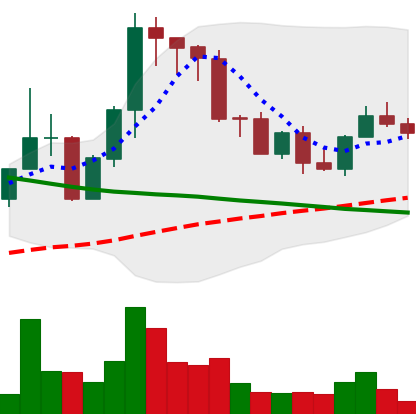
Ticker: EOS-USD
Chart end date: 2022-09-04
Forward return: 11.592%
Label: up_7plus